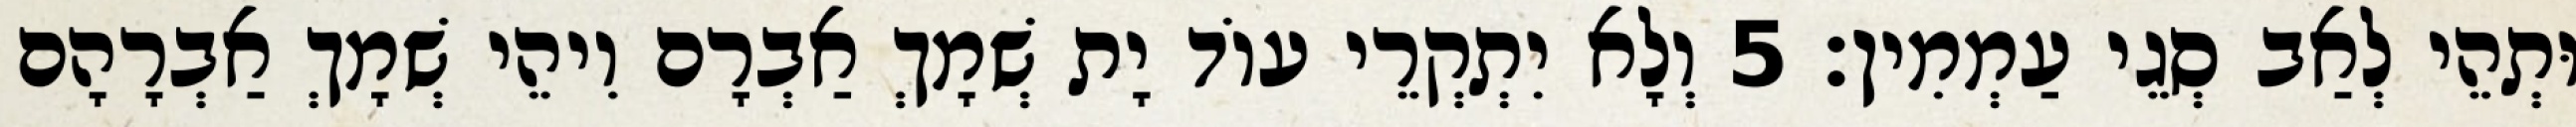
וּתְהֵי לְאַב סְגֵי עַמְמִין׃ 5 וְלָא יִתְקְרֵי עוֹד יָת שְׁמָךְ אַבְרָם וִיהֵי שְׁמָךְ אַבְרָהָם